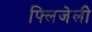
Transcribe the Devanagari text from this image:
फ्लिजेली